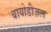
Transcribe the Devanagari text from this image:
बायोडीज़ल